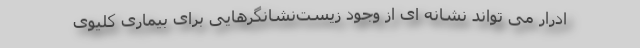
ادرار می تواند نشانه ای از وجود زیست‌نشانگرهایی برای بیماری کلیوی